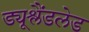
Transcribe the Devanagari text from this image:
ड्यूश्लैंडलेड